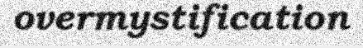
overmystification